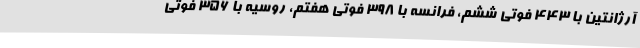
آرژانتین با 443 فوتی ششم، فرانسه با 398 فوتی هفتم، روسیه با 356 فوتی